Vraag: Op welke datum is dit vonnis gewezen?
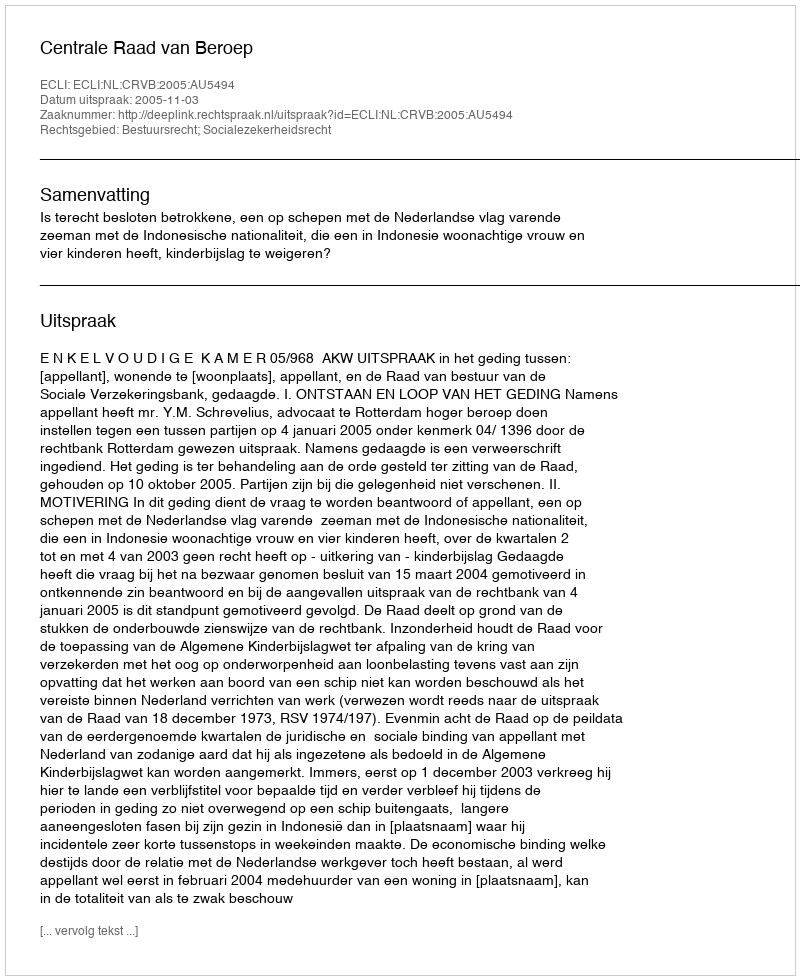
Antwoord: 2005-11-03